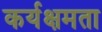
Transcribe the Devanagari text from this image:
कर्यक्षमता